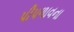
પીપળાવના